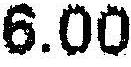
6.00